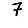
Digit: 7